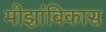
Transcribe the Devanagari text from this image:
मोझांबिकास